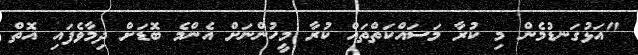
"އަޅުގަނޑުމެން މި ކުރާ މަސައްކަތްތައް ކުރާ މީހުންނަށް އެންމެ ބޮޑަށް ދިމާވެފައި އޮތް